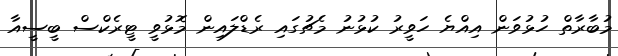
މުބާރާތް ހުޅުވަން އިއްޔެ ހަވީރު ކުޅުނު މެޗުގައި ރެޑްލައިން މޮޅުވީ ޓީރެކްސް ބީސީއާ